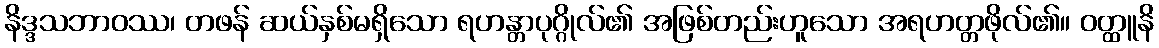
နိဒ္ဒသဘာဝဿ၊ တဖန် ဆယ်နှစ်မရှိသော ရဟန္တာပုဂ္ဂိုလ်၏ အဖြစ်တည်းဟူသော အရဟတ္တဖိုလ်၏။ ဝတ္ထူနိ